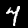
Digit: 4